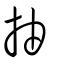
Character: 抽